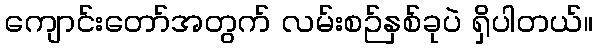
ကျောင်းတော်အတွက် လမ်းစဉ်နှစ်ခုပဲ ရှိပါတယ်။